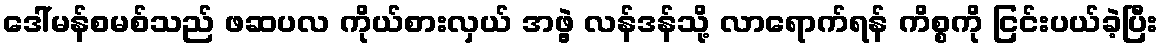
ဒေါ်မန်စမစ်သည် ဖဆပလ ကိုယ်စားလှယ် အဖွဲ့ လန်ဒန်သို့ လာရောက်ရန် ကိစ္စကို ငြင်းပယ်ခဲ့ပြီး